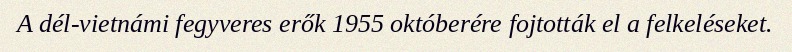
A dél-vietnámi fegyveres erők 1955 októberére fojtották el a felkeléseket.